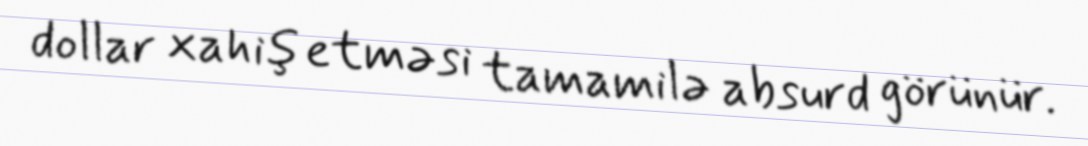
dollar xahiş etməsi tamamilə absurd görünür.